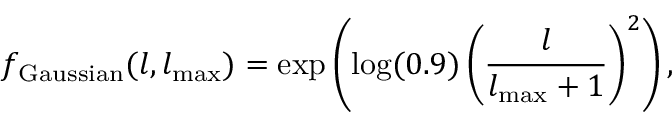
f _ { \mathrm { G a u s s i a n } } ( l , l _ { \mathrm { m a x } } ) = \exp \left( \log ( 0 . 9 ) \left( \frac { l } { l _ { \mathrm { m a x } } + 1 } \right) ^ { 2 } \right) ,